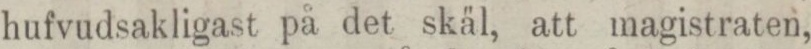
hufvudsakligast på det skäl, att magistraten,